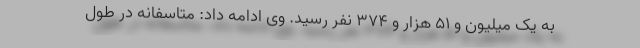
به یک میلیون و ۵۱ هزار و ۳۷۴ نفر رسید. وی ادامه داد: متاسفانه در طول